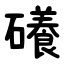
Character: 礢